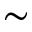
\sim